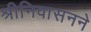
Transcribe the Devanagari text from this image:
श्रीनिवासनने